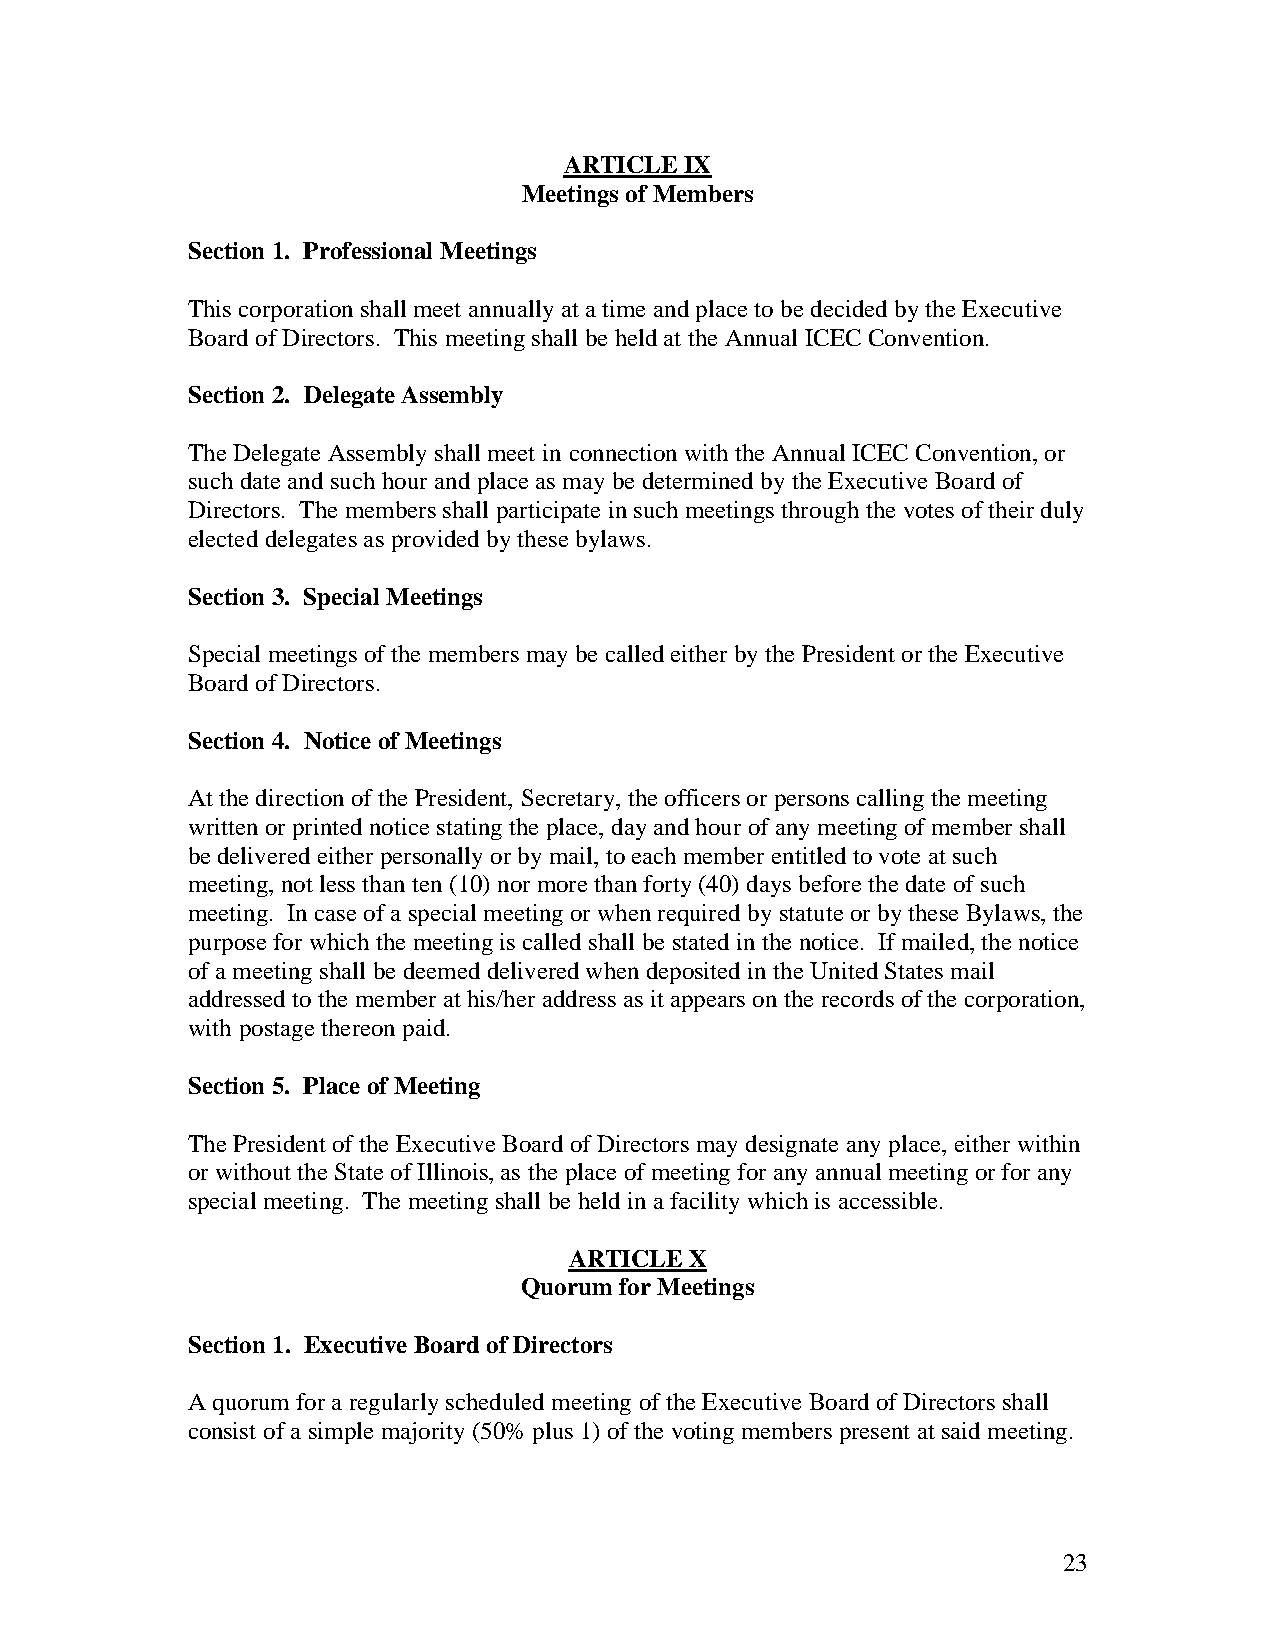
ARTICLE IX
 Meetings of Members
 Section 1. Professional Meetings
 This corporation shall meet annually at a time and place to be decided by the Executive
 Board of Directors. This meeting shall be held at the Annual ICEC Convention.
 Section 2. Delegate Assembly
 The Delegate Assembly shall meet in connection with the Annual ICEC Convention, or
 such date and such hour and place as may be determined by the Executive Board of
 Directors. The members shall participate in such meetings through the votes of their duly
 elected delegates as provided by these bylaws.
 Section 3. Special Meetings
 Special meetings of the members may be called either by the President or the Executive
 Board of Directors.
 Section 4. Notice of Meetings
 At the direction of the President, Secretary, the officers or persons calling the meeting
 written or printed notice stating the place, day and hour of any meeting of member shall
 be delivered either personally or by mail, to each member entitled to vote at such
 meeting, not less than ten (10) nor more than forty (40) days before the date of such
 meeting. In case of a special meeting or when required by statute or by these Bylaws, the
 purpose for which the meeting is called shall be stated in the notice. If mailed, the notice
 of a meeting shall be deemed delivered when deposited in the United States mail
 addressed to the member at his/her address as it appears on the records of the corporation,
 with postage thereon paid.
 Section 5. Place of Meeting
 The President of the Executive Board of Directors may designate any place, either within
 or without the State of Illinois, as the place of meeting for any annual meeting or for any
 special meeting. The meeting shall be held in a facility which is accessible.
 ARTICLE X
 Quorum for Meetings
 Section 1. Executive Board of Directors
 A quorum for a regularly scheduled meeting of the Executive Board of Directors shall
 consist of a simple majority (50% plus 1) of the voting members present at said meeting.
 23